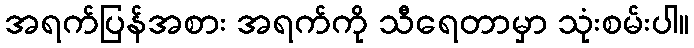
အရက်ပြန်အစား အရက်ကို သီရေတာမှာ သုံးစမ်းပါ။